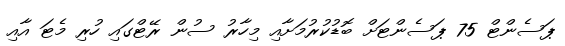
ޕަސެންޓް 75 ޕަސެންޓަށް ބޮޑުކުރުމަށާއި މިހާރު ސުން ރޭޓްގައި ހުރި މެޓަ އާއި